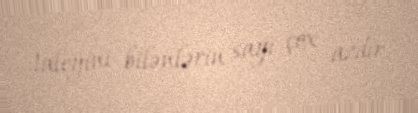
taleyini bilənlərin sayı çox azdır.